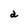
Character: a